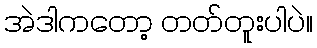
အဲဒါကတော့ တတ်တူးပါပဲ။